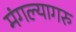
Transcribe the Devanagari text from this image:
मंगल्यागरु